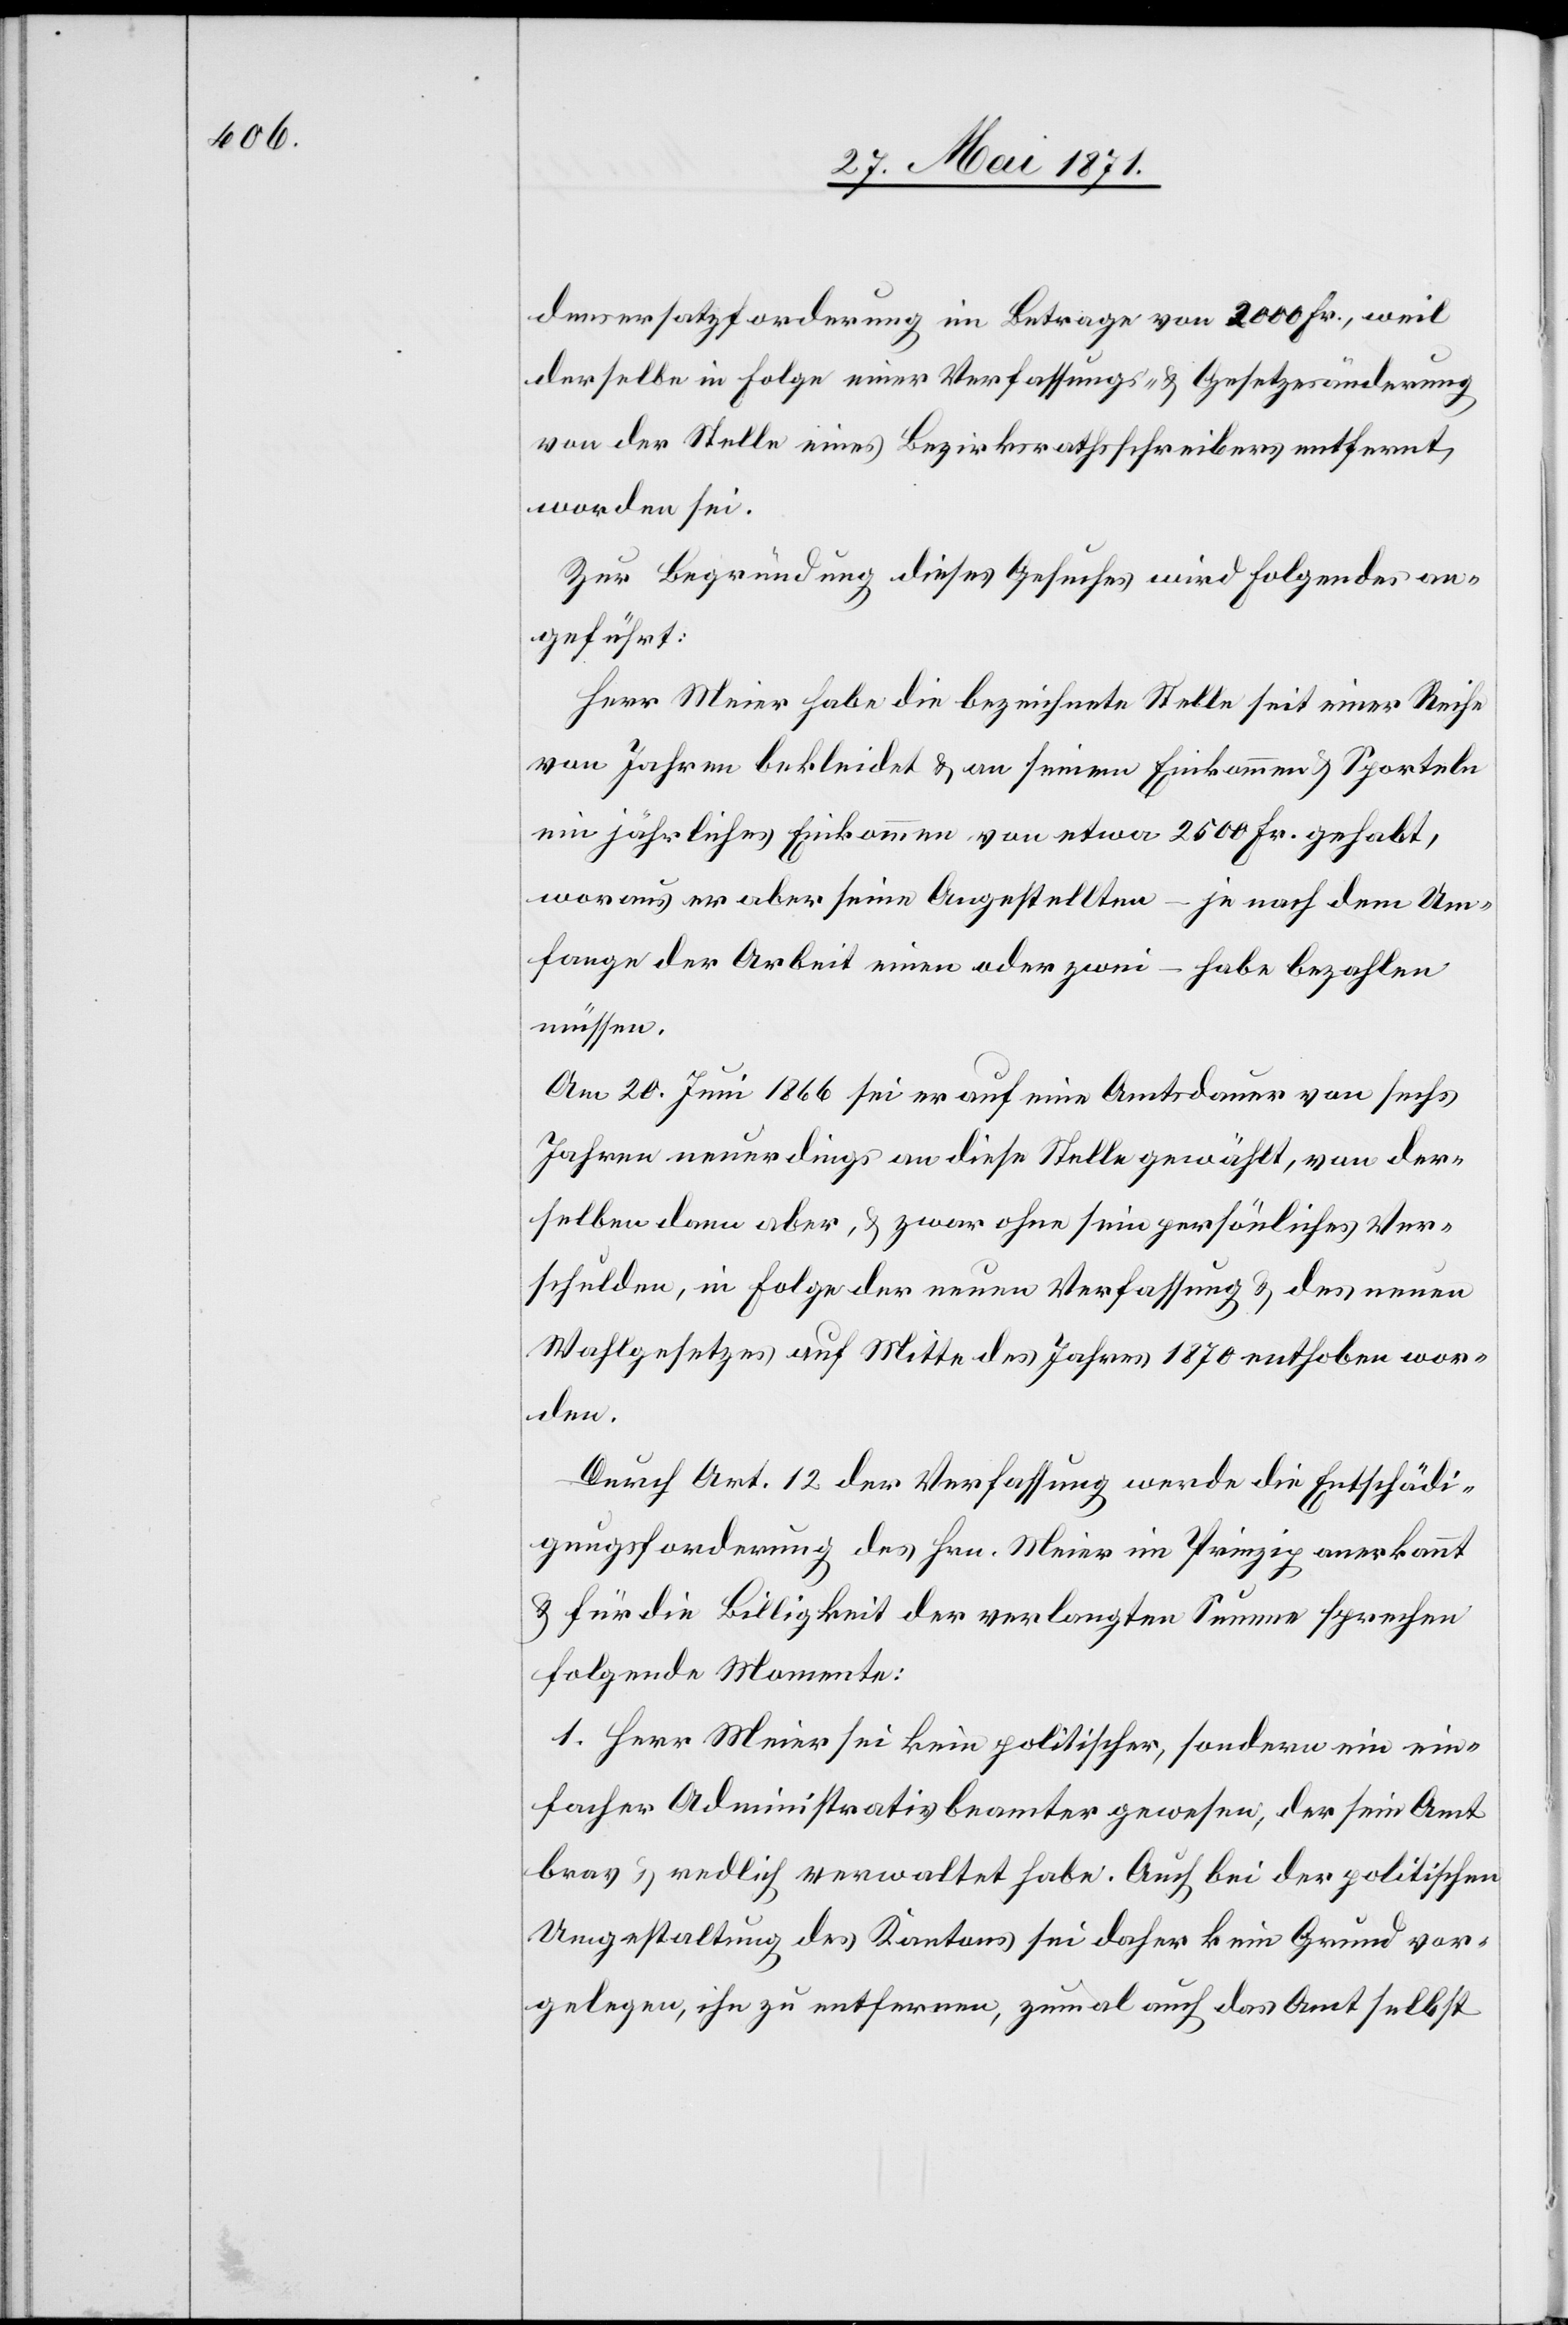
denersatzforderung im Betrage von 2000 Fr., weil
derselbe in Folge einer Verfassungs- u. Gesetzesänderung
von der Stelle eines Bezirksrathsschreibers entfernt,
worden sei.
Zur Begründung dieses Gesuches wird Folgendes an¬
geführt:
Herr Meier habe die bezeichnete Stelle seit einer Reihe
von Jahren bekleidet u. an seinem Einkommen u. Sporteln
ein jährliches Einkommen von etwa 2500 Fr. gehabt,
woraus er aber seine Angestellten – je nach dem Um¬
fange der Arbeit einen oder zwei – habe bezahlen
müssen.
Am 20. Juni 1866 sei er auf eine Amtsdauer von sechs
Jahren neuerdings an diese Stelle gewählt, von der¬
selben dann aber, u. zwar ohne sein persönliches Ver¬
schulden, in Folge der neuen Verfassung u. des neuen
Wahlgesetzes auf Mitte des Jahres 1870 enthoben wor¬
den.
Durch Art. 12 der Verfassung werde die Entschädi¬
gungsforderung des Hrn. Meier im Prinzip anerkannt
u. für die Billigkeit der verlangten Summe sprechen
folgende Momente:
1. Herr Meier sei kein politischer, sondern ein ein¬
facher Administrativbeamter gewesen, der sein Amt
brav u. redlich verwaltet habe. Auch bei der politischen
Umgestaltung des Kantons sei daher kein Grund vor¬
gelegen, ihn zu entfernen, zumal auch das Amt selbst